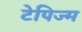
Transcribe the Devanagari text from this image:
टेपिज्म